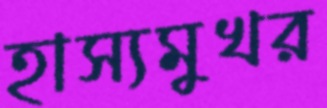
হাস্যমুখর